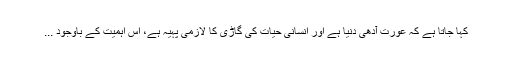
كہا جاتا ہے كہ عورت آدهى دنيا ہے اور انسانی حیات کی گاڑی کا لازمی پہیہ ہے، اس اہميت كے باوجود ...